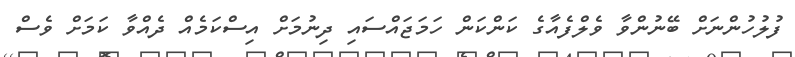
ފުލުހުންނަށް ބޭނުންވާ ވެލްފެއާގެ ކަންކަން ހަމަޖައްސައި ދިނުމަށް އިސްކަމެއް ދެއްވާ ކަމަށް ވެސް